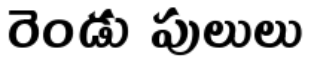
రెండు పులులు